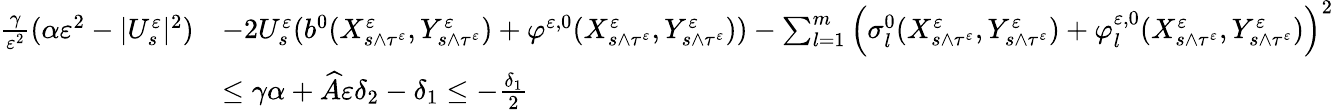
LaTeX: \begin{array}{rl}{\frac{\gamma}{\varepsilon^{2}}(\alpha\varepsilon^{2}-|U_{s}^{\varepsilon}|^{2})}&{-2U_{s}^{\varepsilon}(b^{0}(X_{s\wedge\tau^{\varepsilon}}^{\varepsilon},Y_{s\wedge\tau^{\varepsilon}}^{\varepsilon})+\varphi^{\varepsilon,0}(X_{s\wedge\tau^{\varepsilon}}^{\varepsilon},Y_{s\wedge\tau^{\varepsilon}}^{\varepsilon}))-\sum_{l=1}^{m}\Big(\sigma_{l}^{0}(X_{s\wedge\tau^{\varepsilon}}^{\varepsilon},Y_{s\wedge\tau^{\varepsilon}}^{\varepsilon})+\varphi_{l}^{\varepsilon,0}(X_{s\wedge\tau^{\varepsilon}}^{\varepsilon},Y_{s\wedge\tau^{\varepsilon}}^{\varepsilon})\Big)^{2}}\\ &{\leq\gamma\alpha+\widehat A\varepsilon\delta_{2}-\delta_{1}\leq-\frac{\delta_{1}}{2}}\end{array}